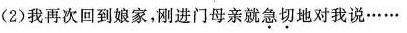
(2)我再次回到娘家，前进门母亲就急切地对我说……